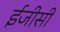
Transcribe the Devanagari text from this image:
ईजीसी